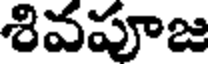
శివపూజ